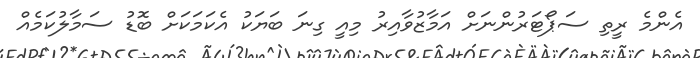
އެންމެ ރީތި ސަޕޯޓަރުންނަށް އަމާޒުވާއިރު މިއީ ގިނަ ބަޔަކު އެކަމަކަށް ބޮޑު ސަމާލުކަމެއް